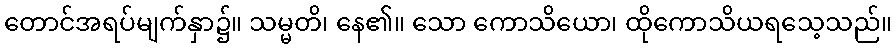
တောင်အရပ်မျက်နှာ၌။ သမ္မတိ၊ နေ၏။ သော ကောသိယော၊ ထိုကောသိယရသေ့သည်။